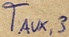
Text: TAUX,3